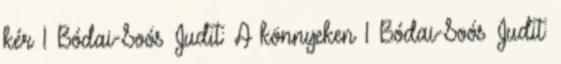
kér 1 Bódai-Soós Judit: A könnyeken 1 Bódai-Soós Judit: